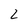
Character: 2